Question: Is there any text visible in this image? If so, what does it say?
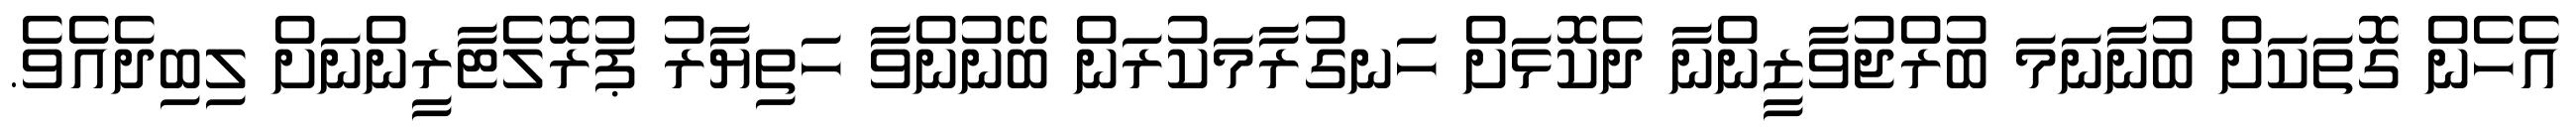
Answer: އެހެން ގޮތަކަށް ބުނާނަމަ ބުރްޖުވާޒީންނާ ދެކޮޅަށް ހަނގުރާމަކުރަން ބޭނުންވާ ހަތިޔާރު ޕުރޮލެޓާރީންނަށް ލިބިދެއެވެ.